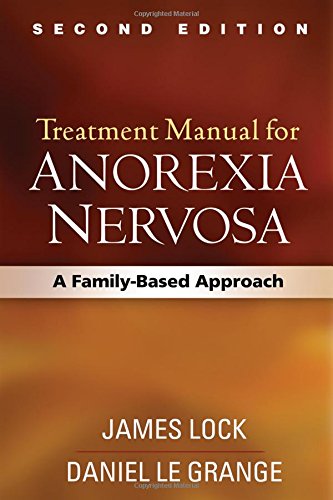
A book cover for Treatment Manual for Anorexia Nervosa, Second Edition: A Family-Based Approach; James Lock MD  PhD; Self-Help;